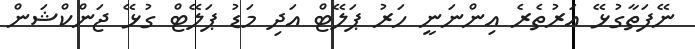
ނޭފަތާގުޅޭ އަރުތެރެ އިންނަނީ ހަރު ޕަލޭޓް އަދި މަޑު ޕަލޭޓް ގުޅޭ ޖަންކްޝަން